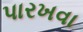
પારખવા